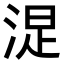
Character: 𣷐